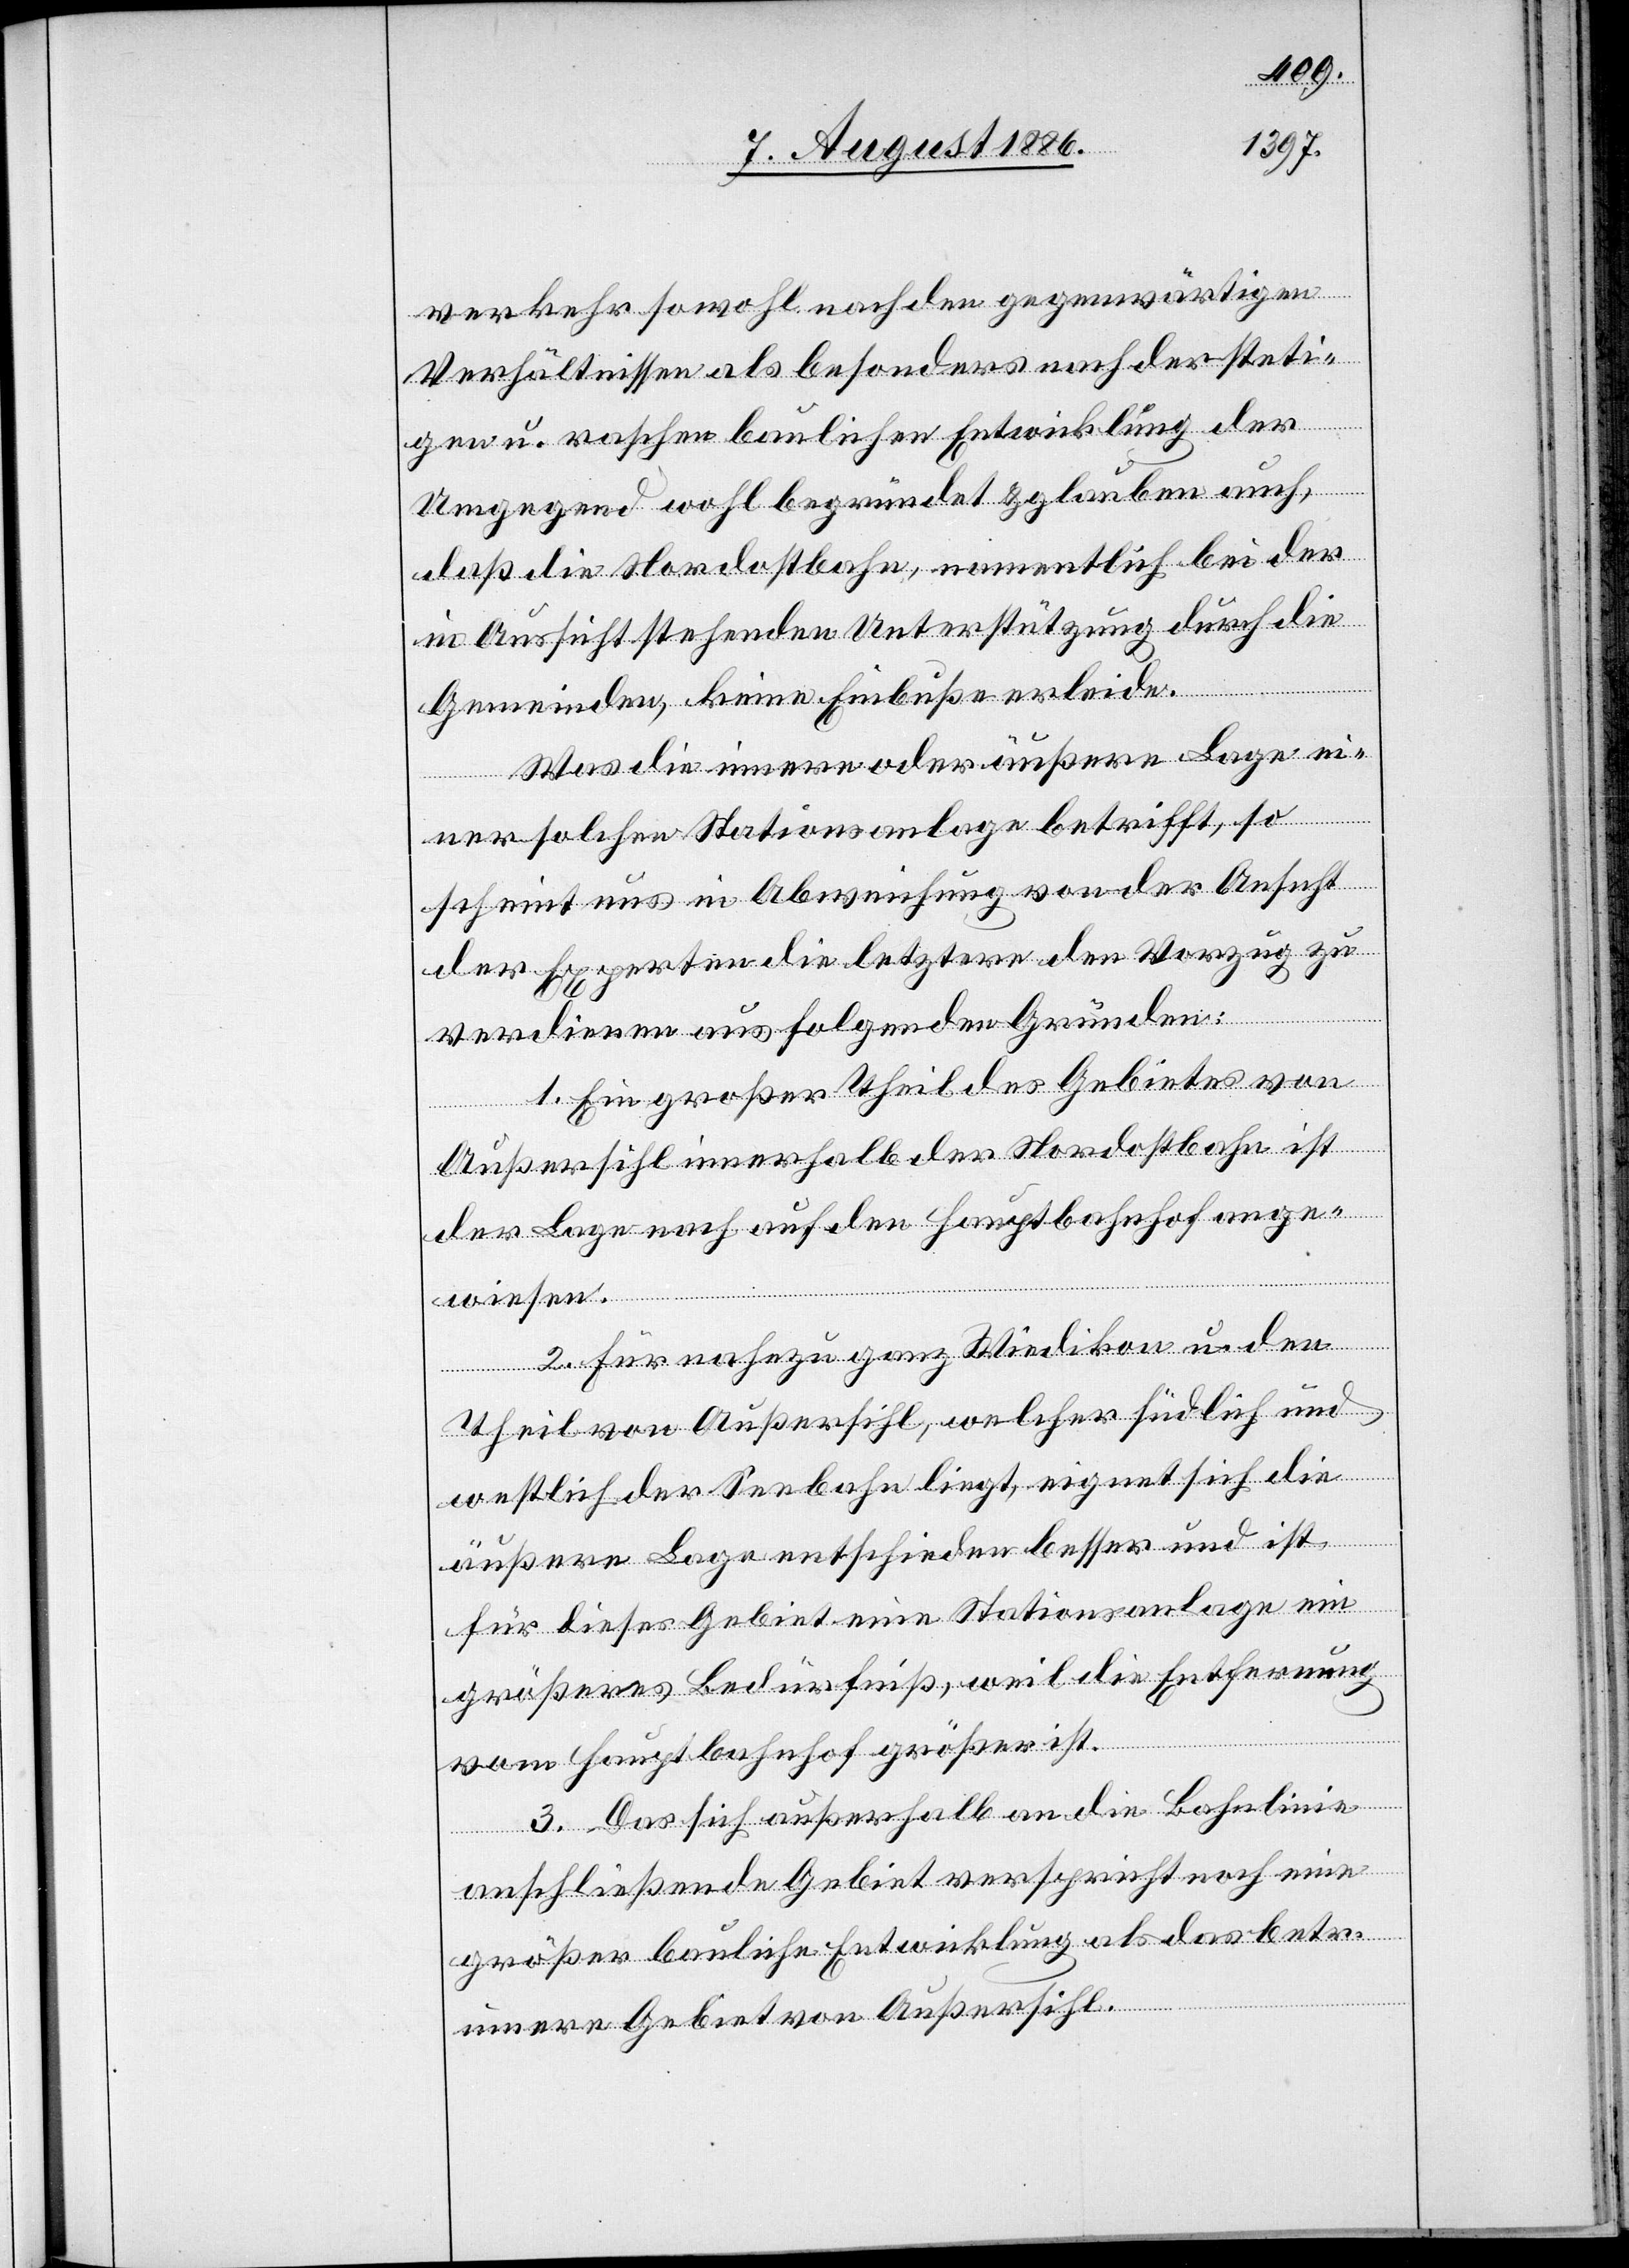
verkehr sowohl nach den gegenwärtigen
Verhältnissen als besonders nach der steti¬
gen u. raschen baulichen Entwicklung der
Umgegend [für] wohl begründet & glauben auch,
daß die Nordostbahn, namentlich bei der
in Aussicht stehenden Unterstützung durch die
Gemeinden, keine Einbuße erleide.
Was die innere oder äußere Lage ei¬
ner solchen Stationsanlage betrifft, so
scheint uns in Abweichung von der Ansicht
der Experten die letztere den Vorzug zu
verdienen aus folgenden Gründen:
1. Ein großer Theil des Gebietes von
Außersihl innerhalb der Nordostbahn ist
der Lage nach auf den Hauptbahnhof ange¬
wiesen.
2. Für nahezu ganz Wiedikon u. den
Theil von Außersihl, welcher südlich und
westlich der Seebahn liegt, eignet sich die
äußere Lage entschieden besser und ist
für dieses Gebiet eine Stationsanlage ein
größeres Bedürfniß, weil die Entfernung
vom Hauptbahnhof größer ist.
3. Das sich außerhalb an die Bahnlinie
anschließende Gebiet verspricht noch eine
größer[e] bauliche Entwicklung als das betr.
innere Gebiet von Außersihl.